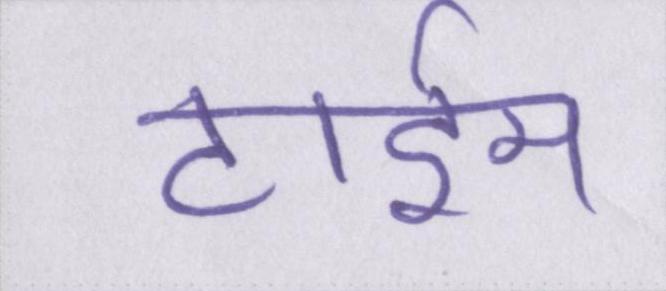
टाईम